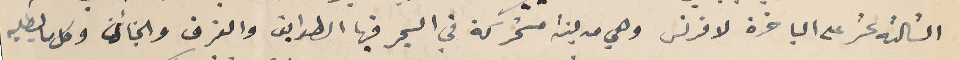
الثالثه عشر على الباخرة لافرنس وهي مدينه متحركة في البحر فيها الطوابق والغرف والجنائن وكل ما يطلبه